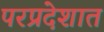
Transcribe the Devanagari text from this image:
परप्रदेशात